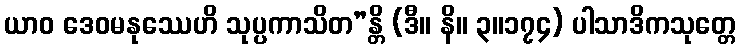
ယာဝ ဒေဝမနုဿေဟိ သုပ္ပကာသိတ”န္တိ (ဒီ။ နိ။ ၃။၁၇၄) ပါသာဒိကသုတ္တေ